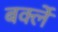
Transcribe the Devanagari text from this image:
बर्क्ले